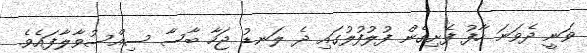
ވަނީ ދެވަނަ ހާފު ފެށިގެން ފުލުފުލުގައި ދެ ލަނޑު ޖަހާ ބާސާ ސިއްސުވާލާފައެވެ.